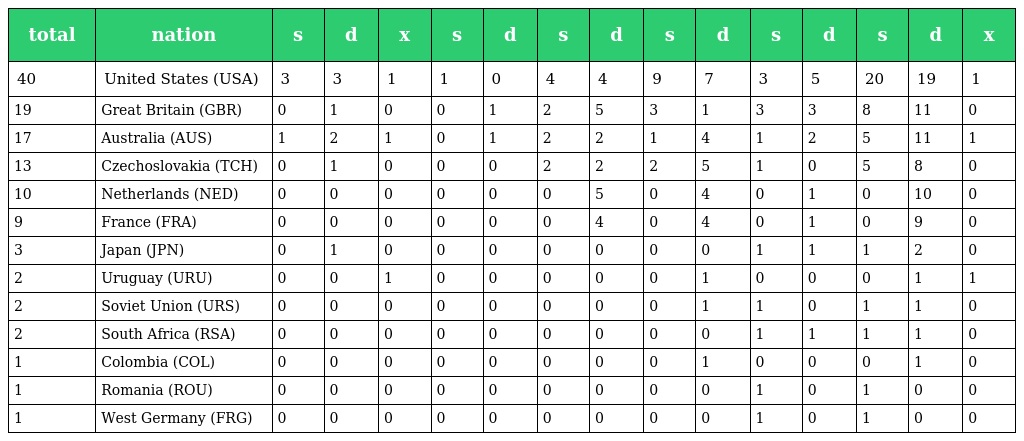
| total | nation | s | d | x | s | d | s | d | s | d | s | d | s | d | x |
 | --- | --- | --- | --- | --- | --- | --- | --- | --- | --- | --- | --- | --- | --- | --- | --- |
 | 40 | United States (USA) | 3 | 3 | 1 | 1 | 0 | 4 | 4 | 9 | 7 | 3 | 5 | 20 | 19 | 1 |
 | 19 | Great Britain (GBR) | 0 | 1 | 0 | 0 | 1 | 2 | 5 | 3 | 1 | 3 | 3 | 8 | 11 | 0 |
 | 17 | Australia (AUS) | 1 | 2 | 1 | 0 | 1 | 2 | 2 | 1 | 4 | 1 | 2 | 5 | 11 | 1 |
 | 13 | Czechoslovakia (TCH) | 0 | 1 | 0 | 0 | 0 | 2 | 2 | 2 | 5 | 1 | 0 | 5 | 8 | 0 |
 | 10 | Netherlands (NED) | 0 | 0 | 0 | 0 | 0 | 0 | 5 | 0 | 4 | 0 | 1 | 0 | 10 | 0 |
 | 9 | France (FRA) | 0 | 0 | 0 | 0 | 0 | 0 | 4 | 0 | 4 | 0 | 1 | 0 | 9 | 0 |
 | 3 | Japan (JPN) | 0 | 1 | 0 | 0 | 0 | 0 | 0 | 0 | 0 | 1 | 1 | 1 | 2 | 0 |
 | 2 | Uruguay (URU) | 0 | 0 | 1 | 0 | 0 | 0 | 0 | 0 | 1 | 0 | 0 | 0 | 1 | 1 |
 | 2 | Soviet Union (URS) | 0 | 0 | 0 | 0 | 0 | 0 | 0 | 0 | 1 | 1 | 0 | 1 | 1 | 0 |
 | 2 | South Africa (RSA) | 0 | 0 | 0 | 0 | 0 | 0 | 0 | 0 | 0 | 1 | 1 | 1 | 1 | 0 |
 | 1 | Colombia (COL) | 0 | 0 | 0 | 0 | 0 | 0 | 0 | 0 | 1 | 0 | 0 | 0 | 1 | 0 |
 | 1 | Romania (ROU) | 0 | 0 | 0 | 0 | 0 | 0 | 0 | 0 | 0 | 1 | 0 | 1 | 0 | 0 |
 | 1 | West Germany (FRG) | 0 | 0 | 0 | 0 | 0 | 0 | 0 | 0 | 0 | 1 | 0 | 1 | 0 | 0 |